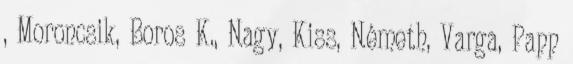
, Moroncsik, Boros K., Nagy, Kiss, Németh, Varga, Papp